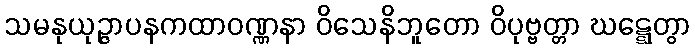
သမနုယုဉ္ဇာပနကထာဝဏ္ဏနာ ဝိသေနိဘူတော ဝိပုဗ္ဗတ္တာ ဃဋ္ဋေတွာ